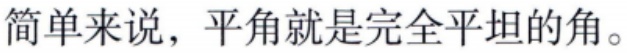
简单来说，平角就是完全平坦的角。